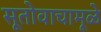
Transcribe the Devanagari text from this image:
सूतोवाचामूळे